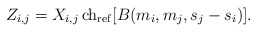
\begin{align*}Z_{i,j} = X_{i,j}\, {\rm ch}_{\rm ref}[B(m_i,m_j,s_j-s_i)].\end{align*}